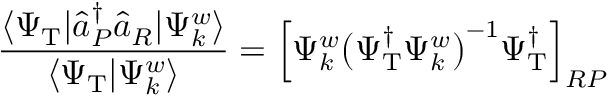
\frac { \langle \Psi _ { \mathrm { T } } | \hat { a } _ { P } ^ { \dagger } \hat { a } _ { R } | \Psi _ { k } ^ { w } \rangle } { \langle \Psi _ { \mathrm { T } } | \Psi _ { k } ^ { w } \rangle } = \Bigl [ \Psi _ { k } ^ { w } \big ( \Psi _ { \mathrm { T } } ^ { \dagger } \Psi _ { k } ^ { w } \big ) ^ { - 1 } \Psi _ { \mathrm { T } } ^ { \dagger } \Bigr ] _ { R P }